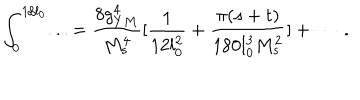
LaTeX: \int _ { 0 } ^ { 1 / l _ { 0 } } . . . = { \frac { 8 g _ { Y M } ^ { 4 } } { M _ { s } ^ { 4 } } } [ { \frac { 1 } { 1 2 l _ { 0 } ^ { 2 } } } + { \frac { \pi ( s + t ) } { 1 8 0 l _ { 0 } ^ { 3 } M _ { s } ^ { 2 } } } ] + \cdots \ .